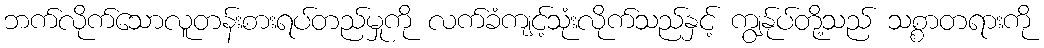
ဘက်လိုက်သောလူတန်းစားရပ်တည်မှုကို လက်ခံကျင့်သုံးလိုက်သည်နှင့် ကျွနု်ပ်တို့သည် သစ္စာတရားကို